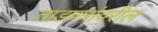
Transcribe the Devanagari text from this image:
ताडपत्रांवरील